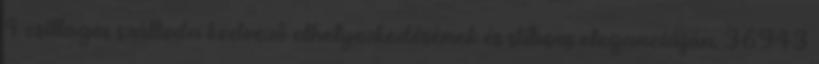
4 csillagos szálloda kedvező elhelyezkedésének és stílusos eleganciáján. 36943